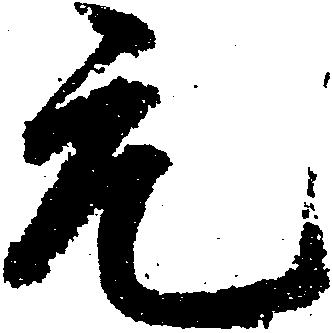
元